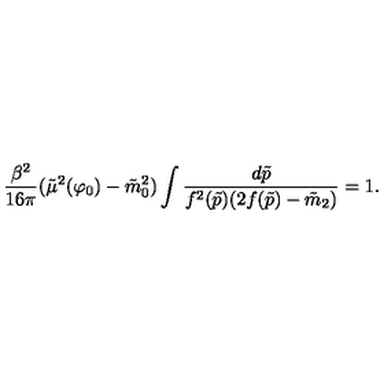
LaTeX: { \frac { \beta ^ { 2 } } { 1 6 \pi } } ( \tilde { \mu } ^ { 2 } ( \varphi _ { 0 } ) - \tilde { m } _ { 0 } ^ { 2 } ) \int { \frac { d \tilde { p } } { f ^ { 2 } ( \tilde { p } ) ( 2 f ( \tilde { p } ) - \tilde { m } _ { 2 } ) } } = 1 .